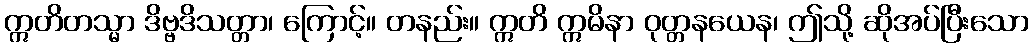
ဣတိတသ္မာ ဒိဗ္ဗဒိသတ္တာ၊ ကြောင့်။ တနည်း။ ဣတိ ဣမိနာ ဝုတ္တနယေန၊ ဤသို့ ဆိုအပ်ပြီးသော